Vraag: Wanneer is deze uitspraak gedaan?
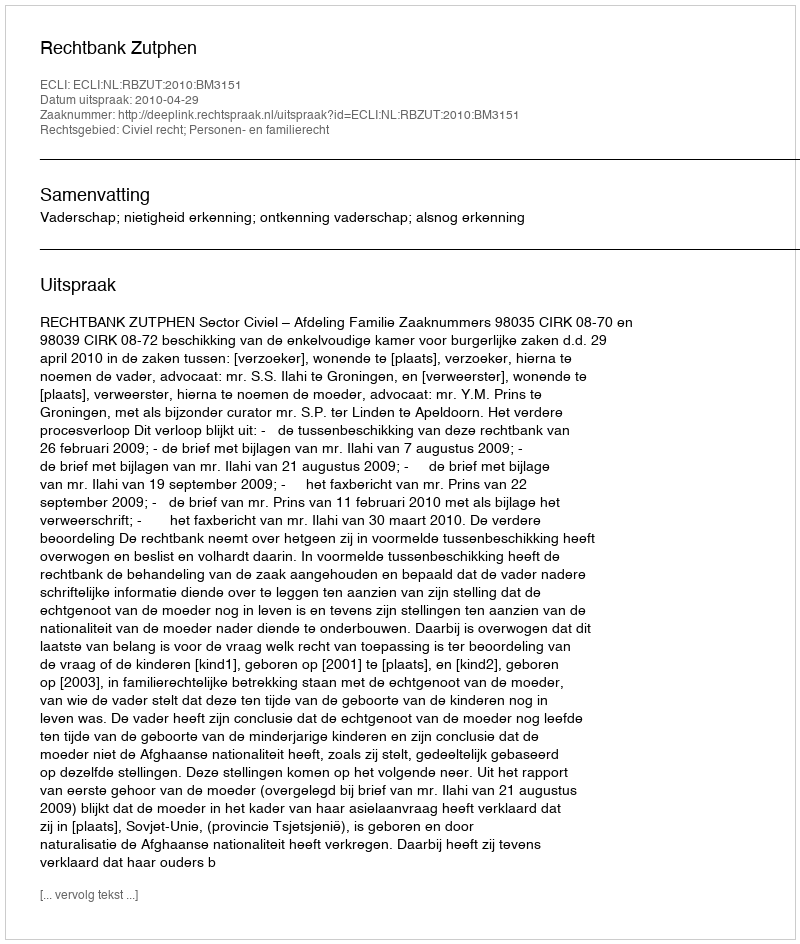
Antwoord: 2010-04-29